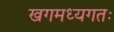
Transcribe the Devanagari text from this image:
खगमध्यगतः